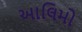
આલિમો